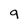
Character: 9